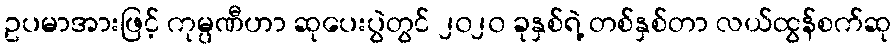
ဥပမာအားဖြင့် ကုမ္ပဏီဟာ ဆုပေးပွဲတွင် ၂၀၂၀ ခုနှစ်ရဲ့ တစ်နှစ်တာ လယ်ထွန်စက်ဆု